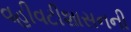
વહીવટીશાસનની